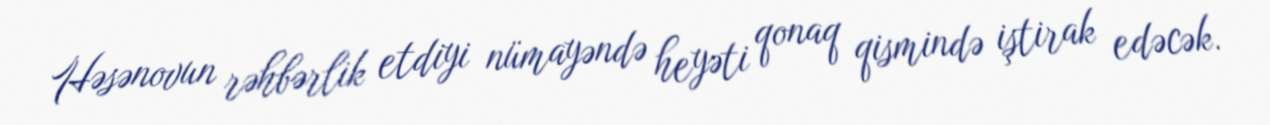
Həsənovun rəhbərlik etdiyi nümayəndə heyəti qonaq qismində iştirak edəcək.